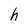
Character: h